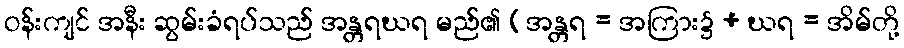
ဝန်းကျင် အနီး ဆွမ်းခံရပ်သည် အန္တရဃရ မည်၏ (အန္တရ = အကြား၌ + ဃရ = အိမ်တို့